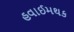
હવાઈમથક